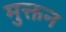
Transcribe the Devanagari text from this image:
मुक्तन